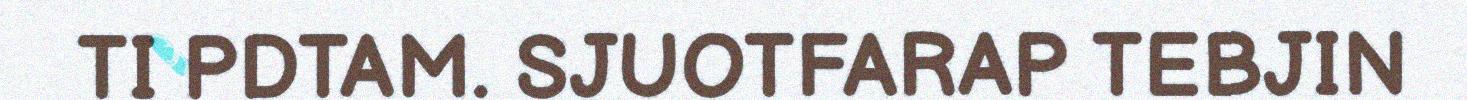
TI PDTAM. SJUOTFARAP TEBJIN